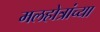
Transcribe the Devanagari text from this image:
मलहोत्रांच्या